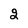
Character: 2